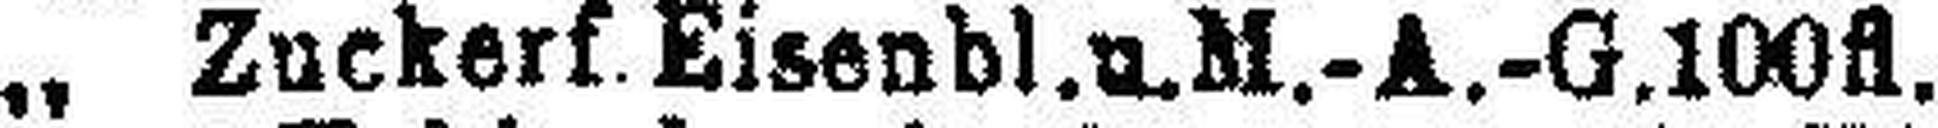
„ Zuckerf. Eisenbl. u. M.-A.-G. 100fl.